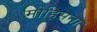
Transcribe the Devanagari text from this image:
मोहिसना